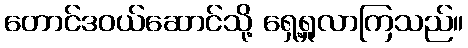
တောင်ဒဝယ်ဆောင်သို့ ရှေ့ရှုလာကြသည်။